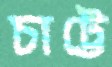
চাট্টে